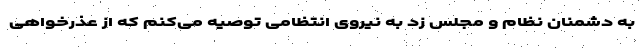
به دشمنان نظام و مجلس زد به نیروی انتظامی توصیه می‌کنم که از عذرخواهی